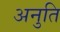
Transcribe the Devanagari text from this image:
अनुति